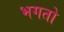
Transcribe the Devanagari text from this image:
भगतो